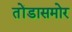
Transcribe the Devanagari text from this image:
तोंडासमोर